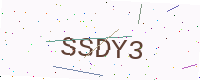
Text: SSDY3